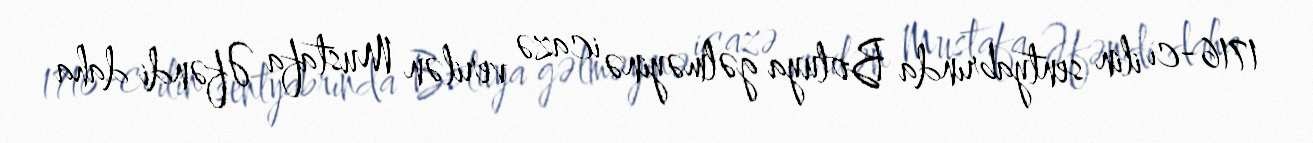
1716-cı ilin sentyabrında Boluya gəlməyinə icazə verilən Mustafa Əfəndi daha